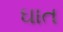
ઘાત